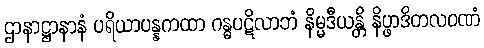
ဌာနာဋ္ဌာနာနံ ပရိယာပန္နကထာ ဂန္ဓပဋိလာဘံ နိမ္မဒီယန္တိ နိပ္ဖာဒိတလဝဏံ